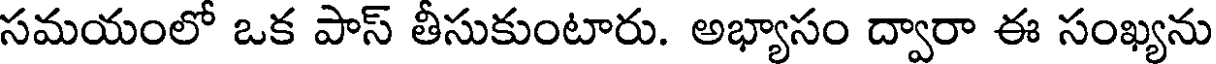
సమయంలో ఒక పాస్ తీసుకుంటారు. అభ్యాసం ద్వారా ఈ సంఖ్యను